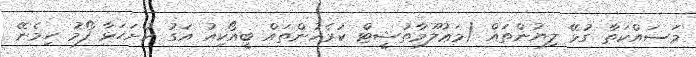
މަސައްކަތާ ގުޅޭ ލިޔުންތައް (މަޢުލޫމާތުޝީޓް ކުރެހުންތައް ބީއޯކިއު އަގު ހުށަހަޅާ ފޯމު ހިމެނޭ